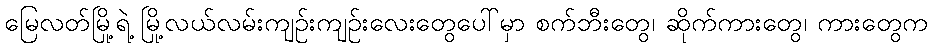
မြေလတ်မြို့ရဲ့ မြို့လယ်လမ်းကျဉ်းကျဉ်းလေးတွေပေါ်မှာ စက်ဘီးတွေ၊ ဆိုက်ကားတွေ၊ ကားတွေက